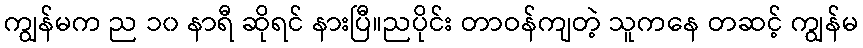
ကျွန်မက ည ၁၀ နာရီ ဆိုရင် နားပြီ။ညပိုင်း တာဝန်ကျတဲ့ သူကနေ တဆင့် ကျွန်မ